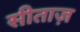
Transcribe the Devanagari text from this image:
सीताज़